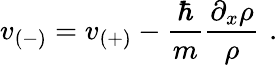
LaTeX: v_{(-)}=v_{(+)}-\frac{\hbar}{m}\frac{\partial_{x}\rho}{\rho}\, \, .